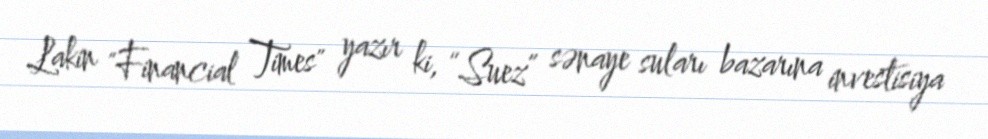
Lakin "Financial Times" yazır ki, “Suez” sənaye suları bazarına investisiya